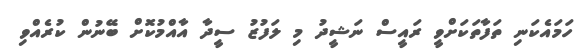
ހަމައެކަނި ތަފާތަކަށްވީ ރައީސް ނަޝީދު މި ލަފުޒު ސީދާ އާއްމުކޮށް ބޭނުން ކުރެއްވި